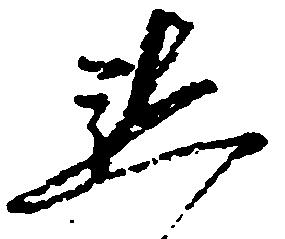
懇